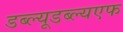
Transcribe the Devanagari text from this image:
डब्ल्यूडब्ल्यएफ